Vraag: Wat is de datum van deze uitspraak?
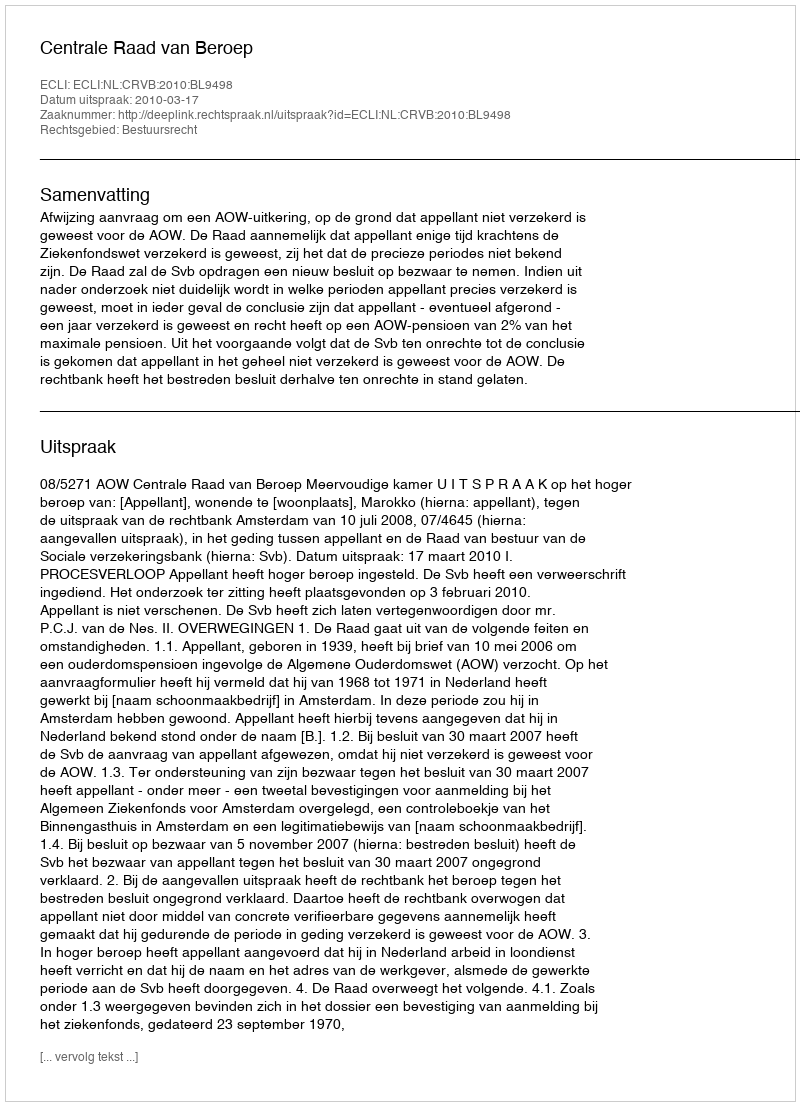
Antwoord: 2010-03-17